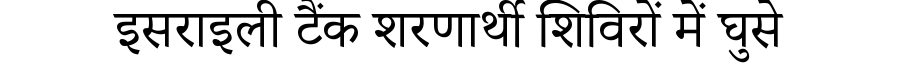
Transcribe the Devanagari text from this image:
इसराइली टैंक शरणार्थी शिविरों में घुसे